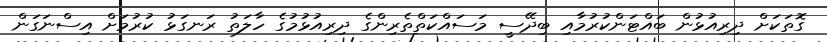
ގޮތަކަށް ދިރިއުޅުން ބައްޓަންކުރުމާއި ބިދޭސީ މަސައްކަތްތެރިންގެ ދިރިއުޅުމުގެ ހާލަތު ރަނގަޅު ކުރުމަށް އިސްނަގަން